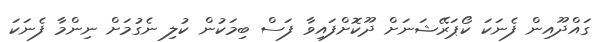
ގައްދޫއިން ފެނަކަ ކޯޕަރޭޝަނަށް ދޫކޮށްފައިވާ ފަސް ބިމަކުން ކުލި ނެގުމަށް ނިންމާ ފެނަކަ